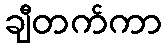
ချီတက်ကာ